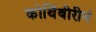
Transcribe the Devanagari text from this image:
कोथिंबीरीनं